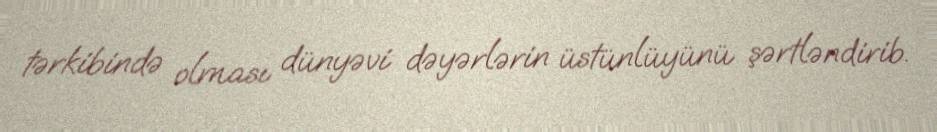
tərkibində olması dünyəvi dəyərlərin üstünlüyünü şərtləndirib.